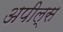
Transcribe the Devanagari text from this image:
अपील्‍स